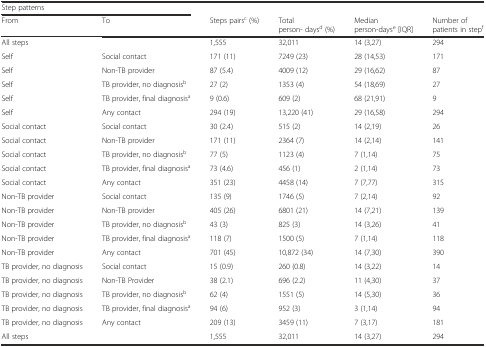
<table><thead><tr><td colspan="2"><b>Step patterns</b></td><td></td><td></td><td></td><td></td></tr><tr><td><b>From</b></td><td><b>To</b></td><td><b>Steps pairs<sup>c</sup> (%)</b></td><td><b>Total person- days<sup>d</sup> (%)</b></td><td><b>Median person-days<sup>e</sup> [IQR]</b></td><td><b>Number of patients in step<sup>f</sup></b></td></tr></thead><tbody><tr><td>All steps</td><td></td><td>1,555</td><td>32,011</td><td>14 (3,27)</td><td>294</td></tr><tr><td>Self</td><td>Social contact</td><td>171 (11)</td><td>7249 (23)</td><td>28 (14,53)</td><td>171</td></tr><tr><td>Self</td><td>Non-TB provider</td><td>87 (5.4)</td><td>4009 (12)</td><td>29 (16,62)</td><td>87</td></tr><tr><td>Self</td><td>TB provider, no diagnosis<sup>b</sup></td><td>27 (2)</td><td>1353 (4)</td><td>54 (18,69)</td><td>27</td></tr><tr><td>Self</td><td>TB provider, final diagnosis<sup>a</sup></td><td>9 (0.6)</td><td>609 (2)</td><td>68 (21,91)</td><td>9</td></tr><tr><td>Self</td><td>Any contact</td><td>294 (19)</td><td>13,220 (41)</td><td>29 (16,58)</td><td>294</td></tr><tr><td>Social contact</td><td>Social contact</td><td>30 (2.4)</td><td>515 (2)</td><td>14 (2,19)</td><td>26</td></tr><tr><td>Social contact</td><td>Non-TB provider</td><td>171 (11)</td><td>2364 (7)</td><td>14 (2,14)</td><td>141</td></tr><tr><td>Social contact</td><td>TB provider, no diagnosis<sup>b</sup></td><td>77 (5)</td><td>1123 (4)</td><td>7 (1,14)</td><td>75</td></tr><tr><td>Social contact</td><td>TB provider, final diagnosis<sup>a</sup></td><td>73 (4.6)</td><td>456 (1)</td><td>2 (1,14)</td><td>73</td></tr><tr><td>Social contact</td><td>Any contact</td><td>351 (23)</td><td>4458 (14)</td><td>7 (7,77)</td><td>315</td></tr><tr><td>Non-TB provider</td><td>Social contact</td><td>135 (9)</td><td>1746 (5)</td><td>7 (2,14)</td><td>92</td></tr><tr><td>Non-TB provider</td><td>Non-TB provider</td><td>405 (26)</td><td>6801 (21)</td><td>14 (7,21)</td><td>139</td></tr><tr><td>Non-TB provider</td><td>TB provider, no diagnosis<sup>b</sup></td><td>43 (3)</td><td>825 (3)</td><td>14 (3,26)</td><td>41</td></tr><tr><td>Non-TB provider</td><td>TB provider, final diagnosis<sup>a</sup></td><td>118 (7)</td><td>1500 (5)</td><td>7 (1,14)</td><td>118</td></tr><tr><td>Non-TB provider</td><td>Any contact</td><td>701 (45)</td><td>10,872 (34)</td><td>14 (7,30)</td><td>390</td></tr><tr><td>TB provider, no diagnosis</td><td>Social contact</td><td>15 (0.9)</td><td>260 (0.8)</td><td>14 (3,22)</td><td>14</td></tr><tr><td>TB provider, no diagnosis</td><td>Non-TB Provider</td><td>38 (2.1)</td><td>696 (2.2)</td><td>11 (4,30)</td><td>37</td></tr><tr><td>TB provider, no diagnosis</td><td>TB provider, no diagnosis<sup>b</sup></td><td>62 (4)</td><td>1551 (5)</td><td>14 (5,30)</td><td>36</td></tr><tr><td>TB provider, no diagnosis</td><td>TB provider, final diagnosis<sup>a</sup></td><td>94 (6)</td><td>952 (3)</td><td>3 (1,14)</td><td>94</td></tr><tr><td>TB provider, no diagnosis</td><td>Any contact</td><td>209 (13)</td><td>3459 (11)</td><td>7 (3,17)</td><td>181</td></tr><tr><td>All steps</td><td></td><td>1,555</td><td>32,011</td><td>14 (3,27)</td><td>294</td></tr></tbody></table>